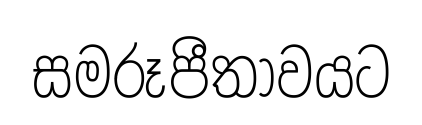
සමරූපීතාවයට